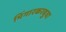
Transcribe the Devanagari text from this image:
भिंगारकरबुवा